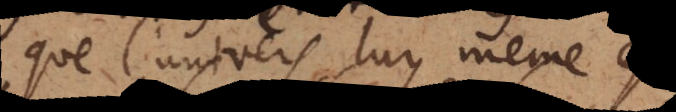
que l’univers luy meme